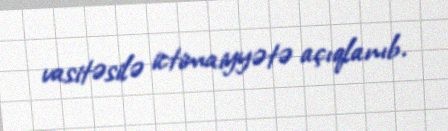
vasitəsilə ictimaiyyətə açıqlanıb.